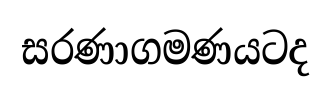
සරණාගමණයටද